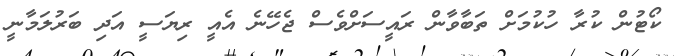
ކޯޓުން ކުރާ ހުކުމަށް ތަބާވާން ރައީސަށްވެސް ޖެހޭނެ އެއީ ރިޔަސީ އަދި ބަރުލަމާނީ